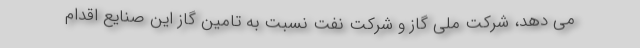
می دهد، شرکت ملی گاز و شرکت نفت نسبت به تامین گاز این صنایع اقدام